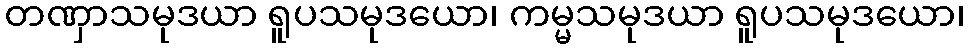
တဏှာသမုဒယာ ရူပသမုဒယော၊ ကမ္မသမုဒယာ ရူပသမုဒယော၊